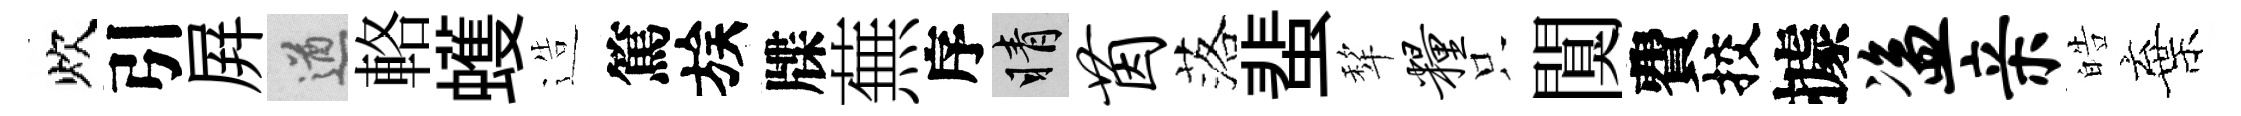
炊引屛遒輅蠖造篤族牒蕪序睛茵落蜚犂粮只闃費挍據盗亲皓棄